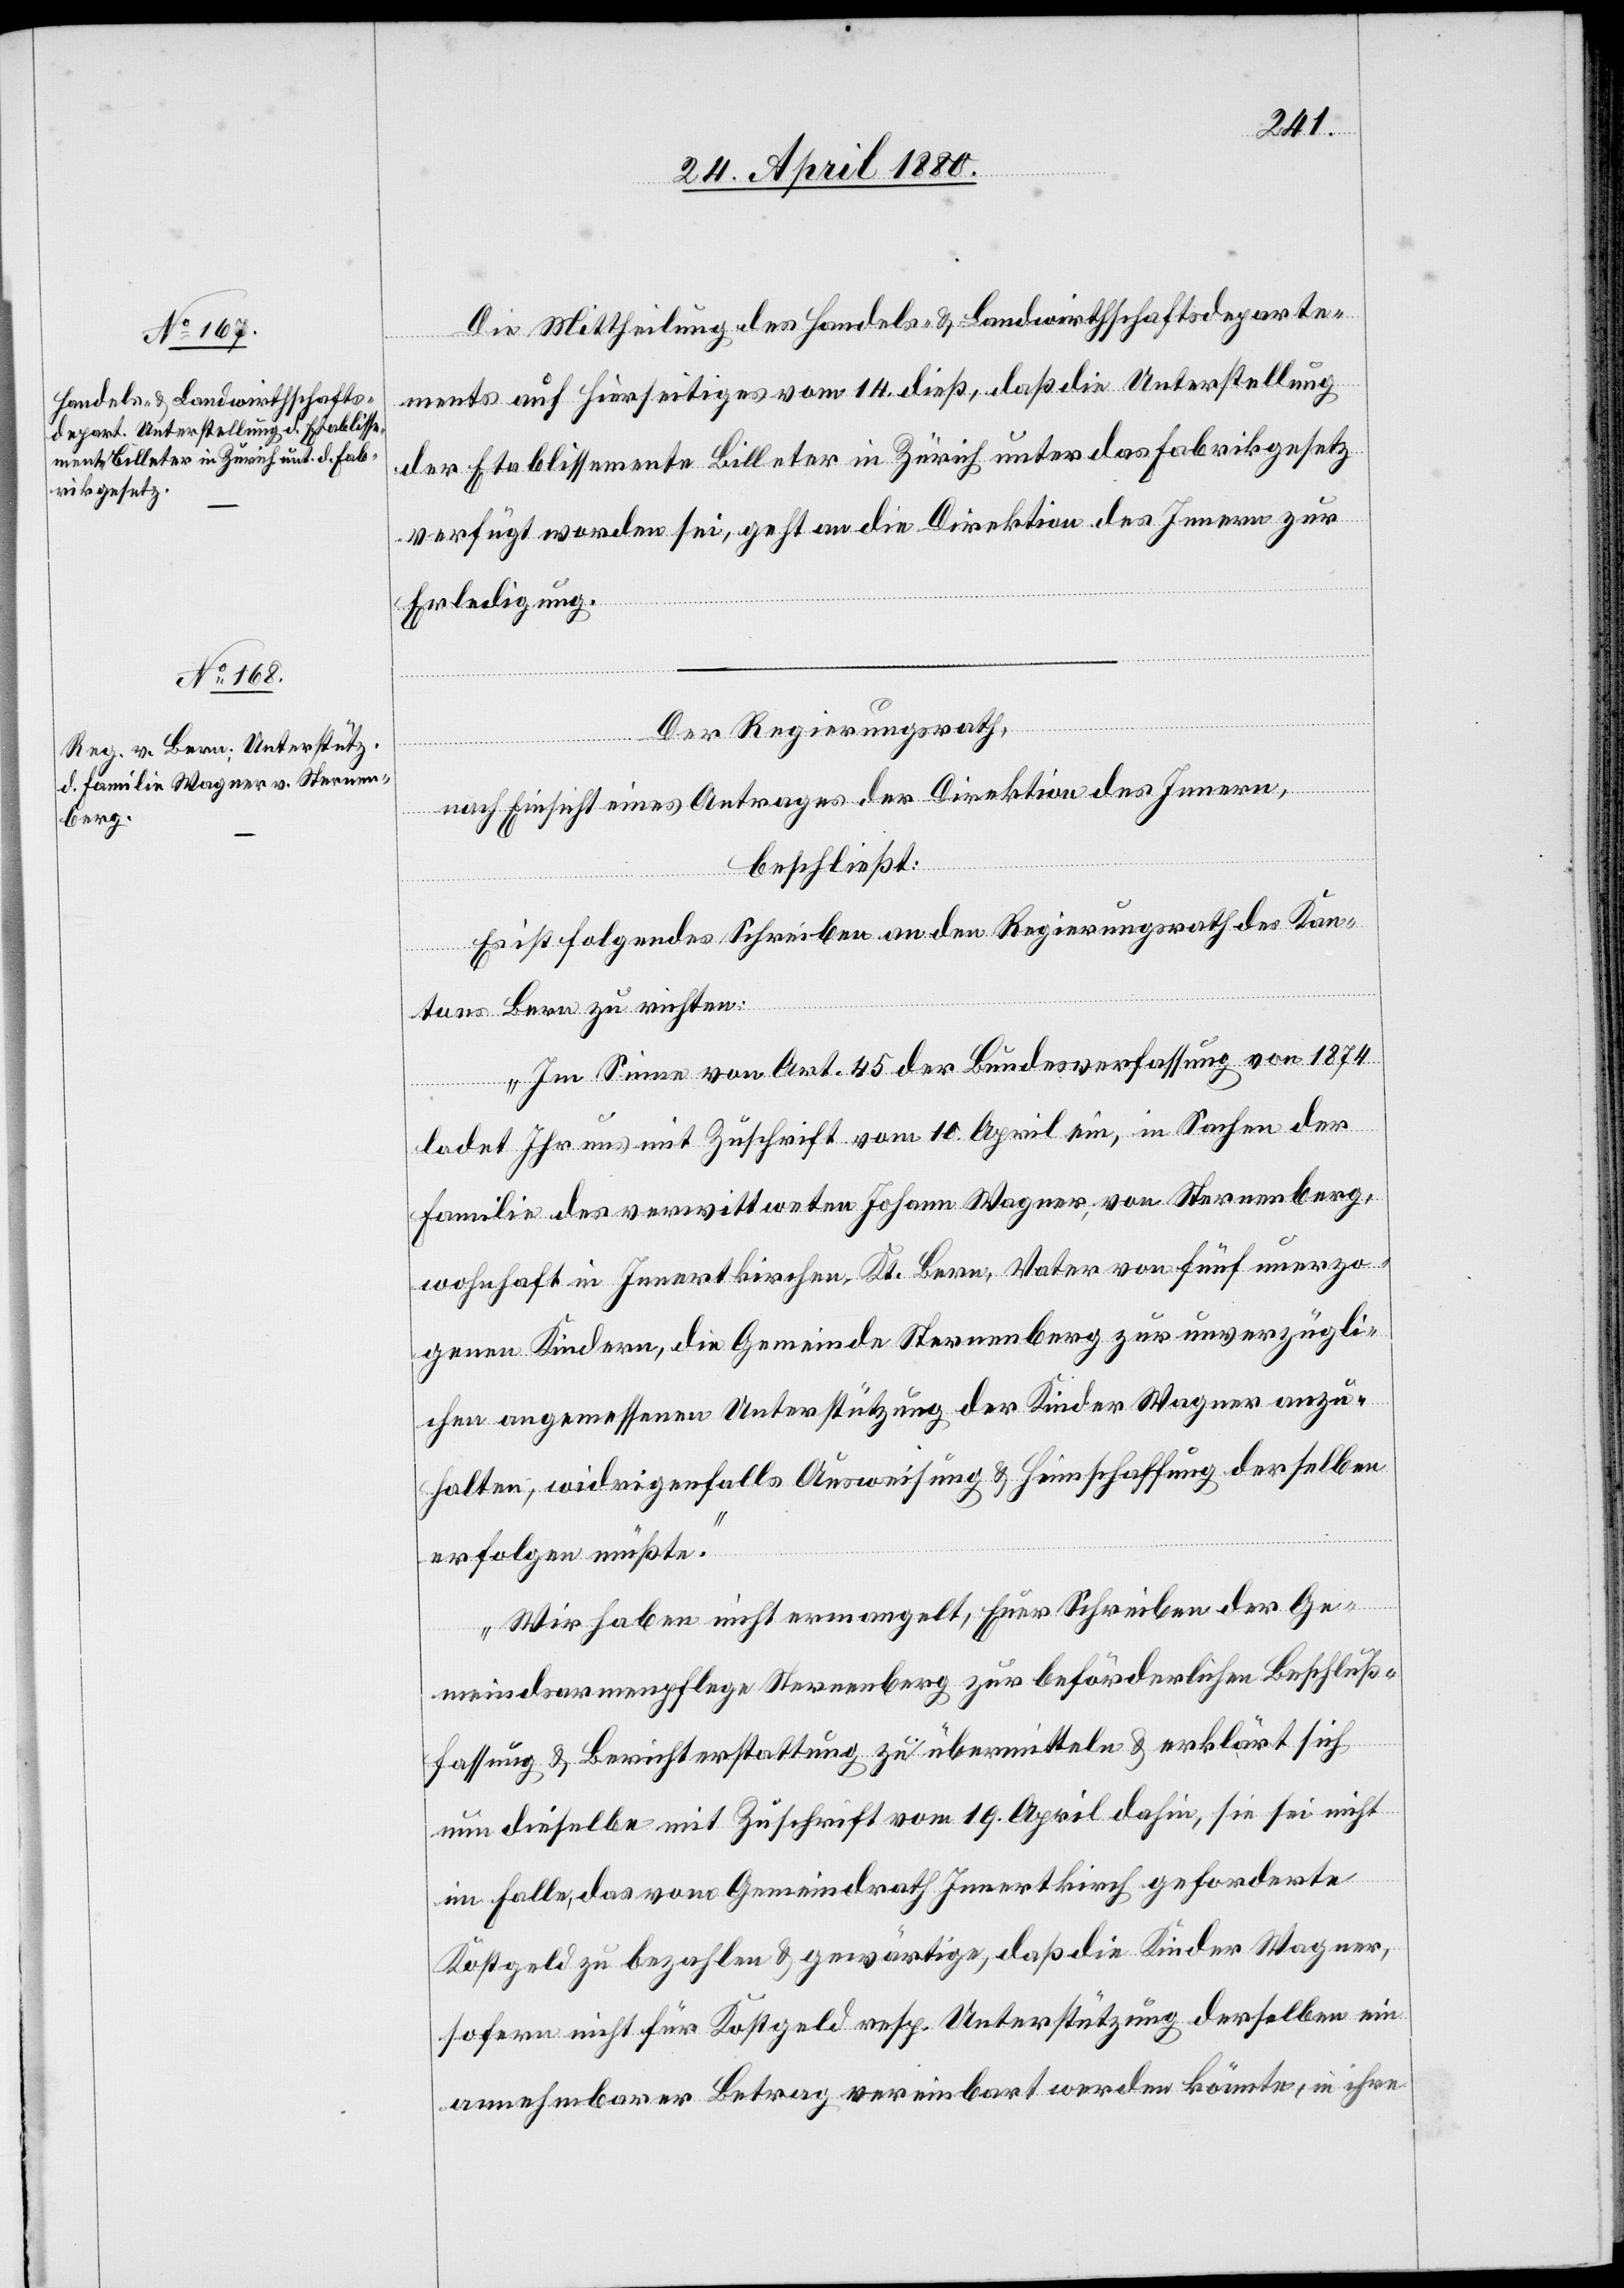
24. April 1880.]
Die Mittheilung des Handels- & Landwirthschaftsdeparte¬
ments auf hierseitiges vom 14. dieß, daß die Unterstellung
der Etablissemente Billeter in Zürich unter das Fabrikgesetz
verfügt worden sei, geht an die Direktion des Innern zur
Erledigung.
Der Regierungsrath,
nach Einsicht eines Antrages der Direktion des Innern,
beschließt:
Es ist folgendes Schreiben an den Regierungsrath des Kan¬
tons Bern zu richten:
„Im Sinne von Art. 45 der Bundesverfassung von 1874
ladet Ihr uns mit Zuschrift vom 10. April ein, in Sachen der
Familie des verwittweten Johann Wagner, von Sternenberg,
wohnhaft in Innertkirchen, Kt. Bern, Vater von fünf unerzo¬
genen Kindern, die Gemeinde Sternenberg zur unverzügli¬
chen angemessenen Unterstützung der Kinder Wagner anzu¬
halten, widrigenfalls Ausweisung & Heimschaffung derselben
erfolgten müßte.
Wir haben nicht ermangelt, Euer Schreiben der Ge¬
meindsarmenpflege Sternenberg zur beförderlichen Beschluß¬
fassung & Berichterstattung zu übermitteln & erklärt sich
nun dieselbe mit Zuschrift vom 19. April dahin, sie sei nicht
im Falle, das vom Gemeindrath Innertkirch geforderte
Kostgeld zu bezahlen & gewärtige, daß die Kinder Wagner,
sofern nicht für Kostgeld resp. Unterstützung derselben ein
annehmbarer Betrag vereinbart werden könnte, in ihre